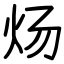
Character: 炀